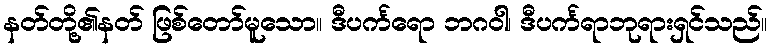
နတ်တို့၏နတ် ဖြစ်တော်မူသော။ ဒီပင်္ကရော ဘဂဝါ၊ ဒီပင်္ကရာဘုရားရှင်သည်။